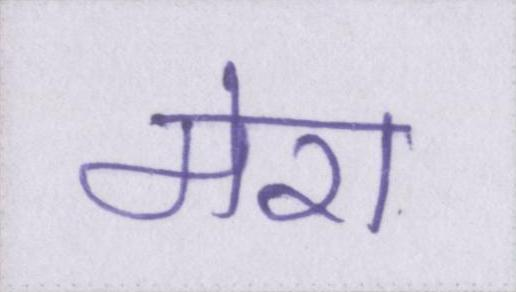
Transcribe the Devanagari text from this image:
मेरा